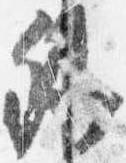
卿